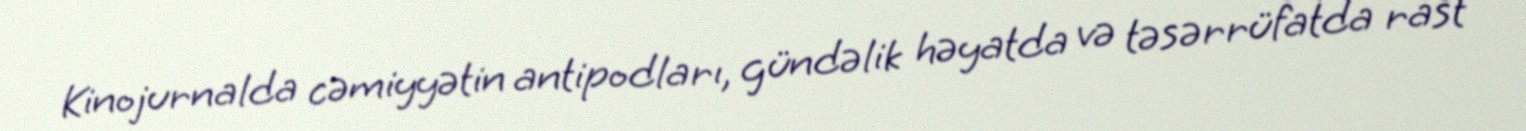
Kinojurnalda cəmiyyətin antipodları, gündəlik həyatda və təsərrüfatda rast